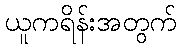
ယူကရိန်းအတွက်